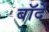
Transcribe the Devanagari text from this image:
बॉदें